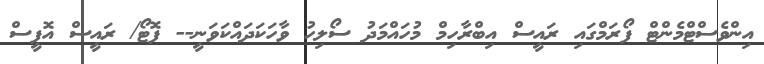
އިންވެސްޓްމެންޓް ފޯރަމްގައި ރައީސް އިބްރާހިމް މުހައްމަދު ސޯލިހު ވާހަކަދައްކަވަނީ-- ފޮޓޯ/ ރައީސް އޮފީސް